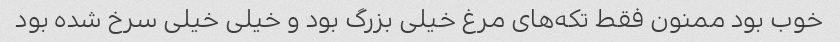
خوب بود ممنون فقط تکه‌های مرغ خیلی بزرگ بود و خیلی خیلی سرخ شده بود